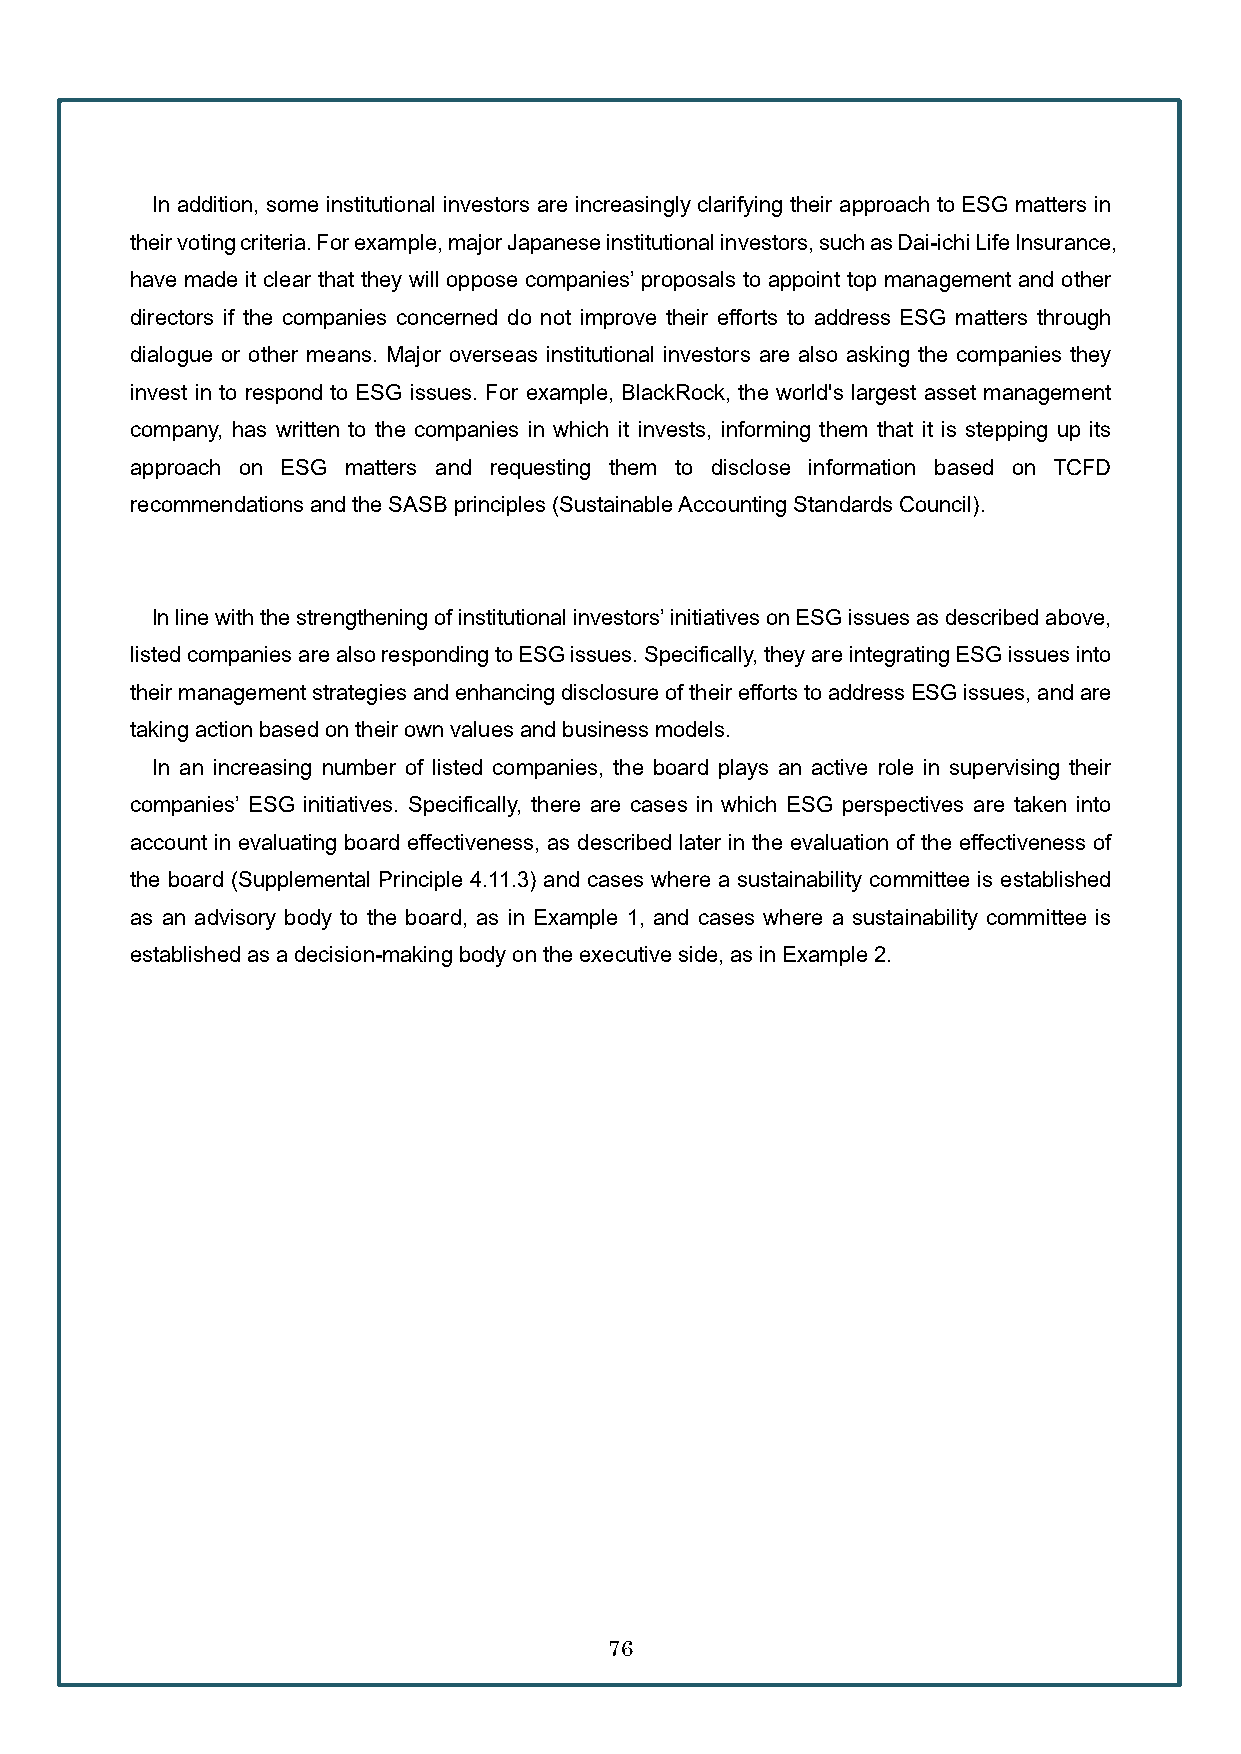
In addition, some institutional investors are increasingly clarifying their approach to ESG matters in
 their voting criteria. For example, major Japanese institutional investors, such as Dai-ichi Life Insurance,
 have made it clear that they will oppose companies’ proposals to appoint top management and other
 directors if the companies concerned do not improve their efforts to address ESG matters through
 dialogue or other means. Major overseas institutional investors are also asking the companies they
 invest in to respond to ESG issues. For example, BlackRock, the world's largest asset management
 company, has written to the companies in which it invests, informing them that it is stepping up its
 approach on ESG matters and requesting them to disclose information based on TCFD
 recommendations and the SASB principles (Sustainable Accounting Standards Council).
 In line with the strengthening of institutional investors’ initiatives on ESG issues as described above,
 listed companies are also responding to ESG issues. Specifically, they are integrating ESG issues into
 their management strategies and enhancing disclosure of their efforts to address ESG issues, and are
 taking action based on their own values and business models.
 In an increasing number of listed companies, the board plays an active role in supervising their
 companies’ ESG initiatives. Specifically, there are cases in which ESG perspectives are taken into
 account in evaluating board effectiveness, as described later in the evaluation of the effectiveness of
 the board (Supplemental Principle 4.11.3) and cases where a sustainability committee is established
 as an advisory body to the board, as in Example 1, and cases where a sustainability committee is
 established as a decision-making body on the executive side, as in Example 2.
 76